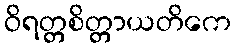
ဝိရတ္တစိတ္တာယတိကေ